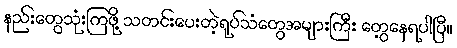
နည်းတွေသုံးကြဖို့ သတင်းပေးတဲ့ရုပ်သံတွေအများကြီး တွေ့နေရပါပြီ။